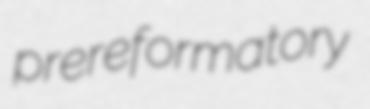
prereformatory